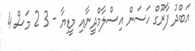
އަބްދު ފާރޫގް ހަސަން އިސްލާމްދީނާއި މީޑިޔާ - 3 2 މަސް 4